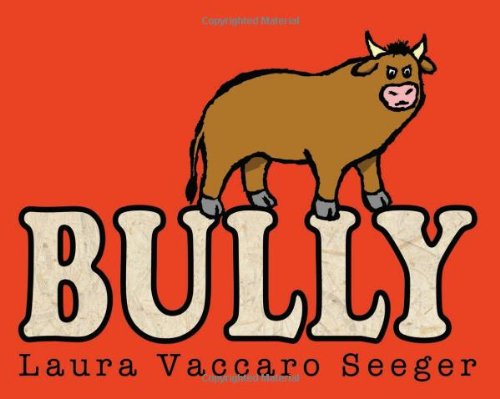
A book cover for Bully; Laura Vaccaro Seeger; Children's Books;